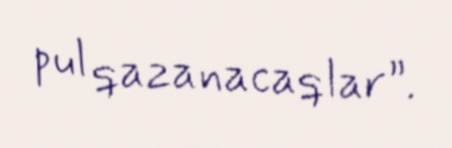
pul qazanacaqlar”.